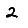
Digit: 2